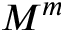
M ^ { m }